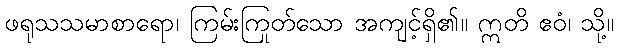
ဖရုသသမာစာရော၊ ကြမ်းကြုတ်သော အကျင့်ရှိ၏။ ဣတိ ဧဝံ၊ သို့။